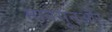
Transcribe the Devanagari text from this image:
मानसूनऔर